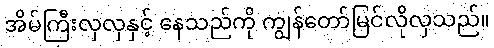
အိမ်ကြီးလှလှနှင့် နေသည်ကို ကျွန်တော်မြင်လိုလှသည်။